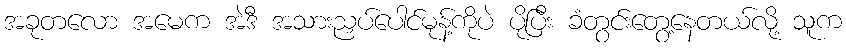
အခုတလော အမေက အဲဒီ အသားညှပ်ပေါင်မုန့်ကိုပဲ ပိုပြီး ခံတွင်းတွေ့နေတယ်လို့ သူက